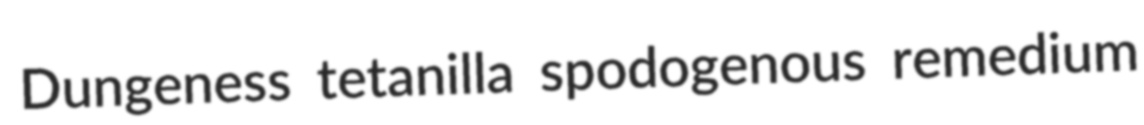
Dungeness tetanilla spodogenous remedium